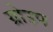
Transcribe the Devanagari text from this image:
ग्रोउप